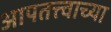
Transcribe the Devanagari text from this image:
आपतत्त्वाच्या